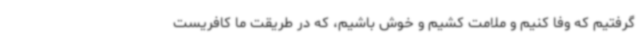
گرفتیم که وفا کنیم و ملامت کشیم و خوش باشیم، که در طریقت ما کافریست